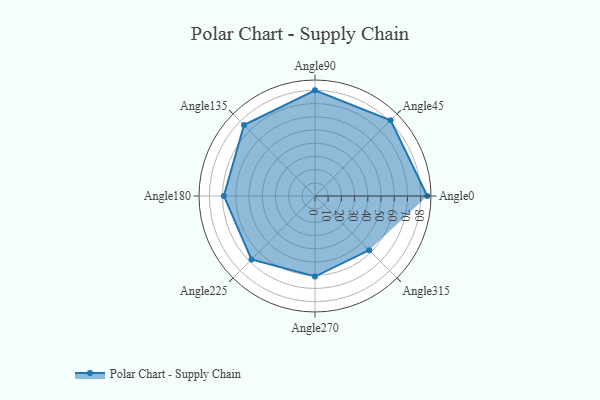
{"axis": {"x": "Angle", "y": "Radius"}, "legend": [""], "data": [{"x": "Angle0", "y": 85.0, "type": ""}, {"x": "Angle45", "y": 81.0, "type": ""}, {"x": "Angle90", "y": 80.0, "type": ""}, {"x": "Angle135", "y": 76.0, "type": ""}, {"x": "Angle180", "y": 69.0, "type": ""}, {"x": "Angle225", "y": 68.0, "type": ""}, {"x": "Angle270", "y": 61.0, "type": ""}, {"x": "Angle315", "y": 58.0, "type": ""}]}